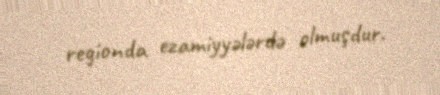
regionda ezamiyyələrdə olmuşdur.